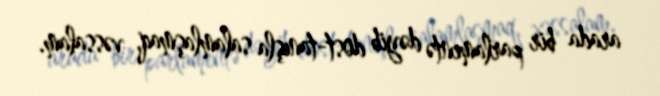
arada bir parlamentə dəyib dost-tanışla salamlaşmaq, vəssalam.